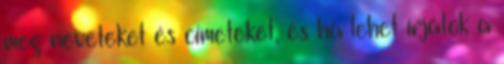
meg neveteket és címeteket, és ha lehet írjátok a